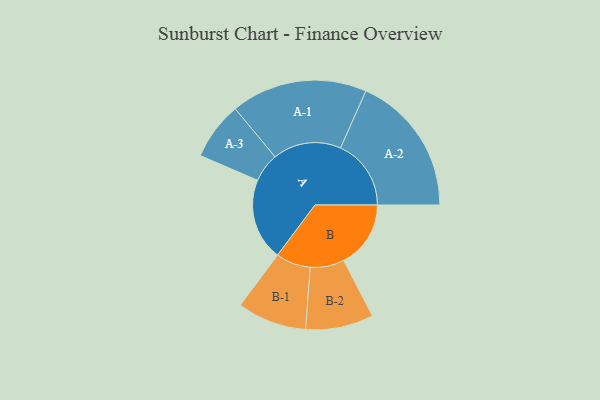
{"axis": {"x": "Segment", "y": "Value"}, "legend": ["", "A", "B"], "data": [{"x": "A", "y": 340, "type": ""}, {"x": "B", "y": 278, "type": ""}, {"x": "A-1", "y": 283, "type": "A"}, {"x": "A-2", "y": 293, "type": "A"}, {"x": "A-3", "y": 120, "type": "A"}, {"x": "B-1", "y": 144, "type": "B"}, {"x": "B-2", "y": 141, "type": "B"}]}